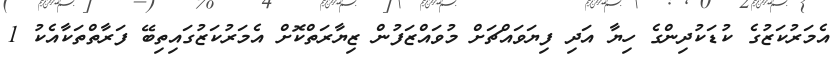
އެމަރުކަޒުގެ ކުޑަކުދިންގެ ހިޔާ އަދި ފިޔަވައްޗަށް މުވައްޒަފުން ޒިޔާރަތްކޮށް އެމަރުކަޒުގައިތިބޭ ފަރާތްތަކާއެކު 1